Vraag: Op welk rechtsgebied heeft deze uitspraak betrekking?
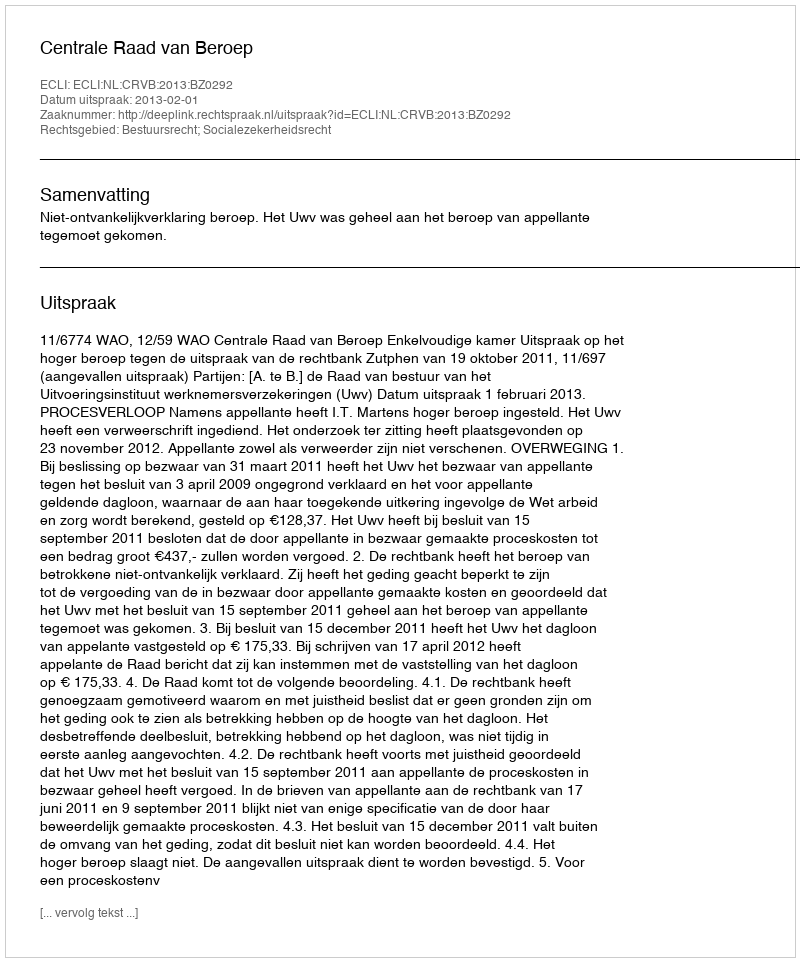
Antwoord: Bestuursrecht; Socialezekerheidsrecht